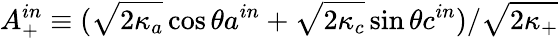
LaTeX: A_{+}^{in}\equiv(\sqrt[]{2\kappa_{a}}\cos\theta a^{in}+\sqrt[]{2\kappa_{c}}\sin\theta c^{in})/\sqrt[]{2\kappa_{+}}